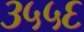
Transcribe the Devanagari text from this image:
३५५६